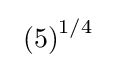
\ \left(5\right)^{1/4}\